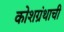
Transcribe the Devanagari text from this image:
कोशग्रंथाची